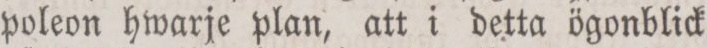
poleon hwarje plan, att i detta ögonblick